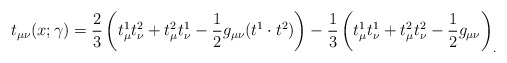
\begin{align*}t_{\mu\nu}(x;\gamma) ={2\over3}\left( t^1_\mu t^2_\nu + t^2_\mu t^1_\nu - {1\over2} g_{\mu\nu} (t^1\cdot t^2) \right)-{1\over3}\left(t^1_\mu t^1_\nu + t^2_\mu t^2_\nu -{1\over2} g_{\mu\nu} \right)_.\end{align*}